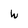
Character: W